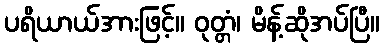
ပရိယာယ်အားဖြင့်။ ဝုတ္တံ၊ မိန့်ဆိုအပ်ပြီ။